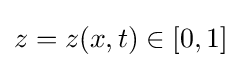
z=z(x,t)\in [0,1]